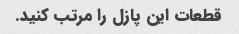
قطعات این پازل را مرتب کنید.